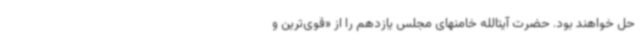
حل خواهند بود. حضرت آیتالله خامنهای مجلس یازدهم را از «قوی‌ترین و